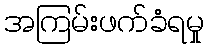
အကြမ်းဖက်ခံရမှု